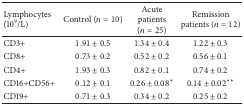
| Lymphocytes (109/L) | Control (n = 10) | Acute patients (n = 25) | Remission patients (n = 12) |
 | --- | --- | --- | --- |
 | CD3+ | 1.91 ± 0.5 | 1.34 ± 0.4 | 1.22 ± 0.3 |
 | CD8+ | 0.73 ± 0.2 | 0.52 ± 0.2 | 0.56 ± 0.1 |
 | CD4+ | 1.93 ± 0.3 | 0.82 ± 0.1 | 0.74 ± 0.2 |
 | CD16+CD56+ | 0.12 ± 0.1 | 0.26 ± 0.08∗ | 0.14 ± 0.02∗∗ |
 | CD19+ | 0.71 ± 0.3 | 0.34 ± 0.2 | 0.25 ± 0.2 |